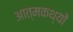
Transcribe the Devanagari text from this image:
आत्मकथ्यों